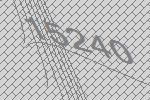
15240